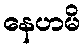
နေဟမိ